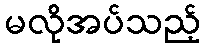
မလိုအပ်သည့်